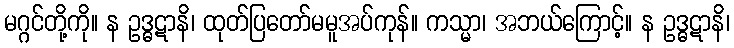
မဂ္ဂင်တို့ကို။ န ဥဒ္ဓဋာနိ၊ ထုတ်ပြတော်မမူအပ်ကုန်။ ကသ္မာ၊ အဘယ်ကြောင့်။ န ဥဒ္ဓဋာနိ၊